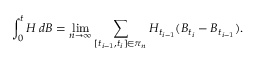
\int _ { 0 } ^ { t } H \, d B = \operatorname* { l i m } _ { n \rightarrow \infty } \sum _ { [ t _ { i - 1 } , t _ { i } ] \in \pi _ { n } } H _ { t _ { i - 1 } } ( B _ { t _ { i } } - B _ { t _ { i - 1 } } ) .